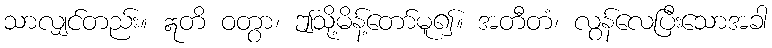
သာလျှင်တည်း။ ဣတိ ဝတွာ၊ ဤသို့မိန့်တော်မူ၍။ အတီတံ၊ လွန်လေပြီးသောအခါ